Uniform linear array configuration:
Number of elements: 48
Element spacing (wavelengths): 0.75
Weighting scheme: binomial
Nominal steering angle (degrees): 45
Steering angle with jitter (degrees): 43.871
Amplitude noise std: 0.05
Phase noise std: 0.05

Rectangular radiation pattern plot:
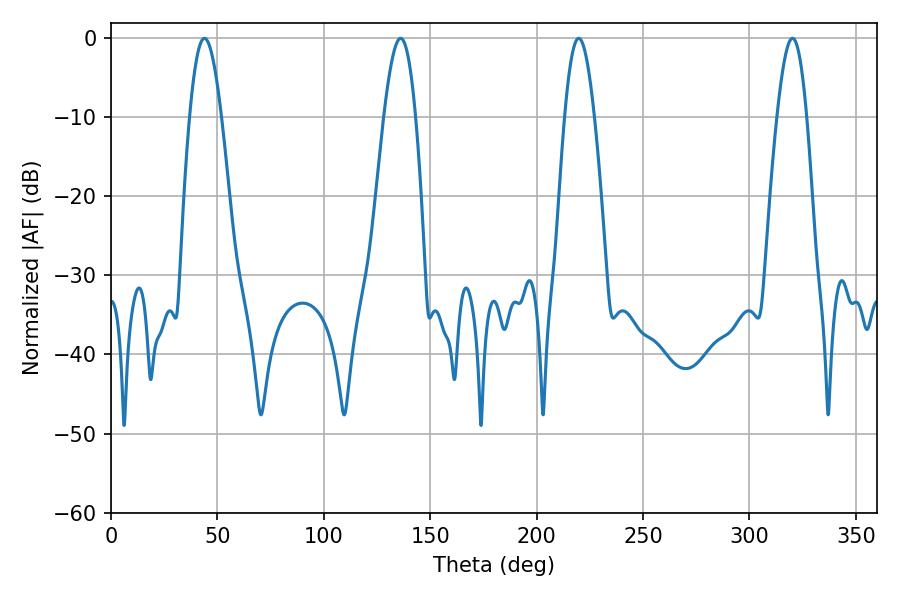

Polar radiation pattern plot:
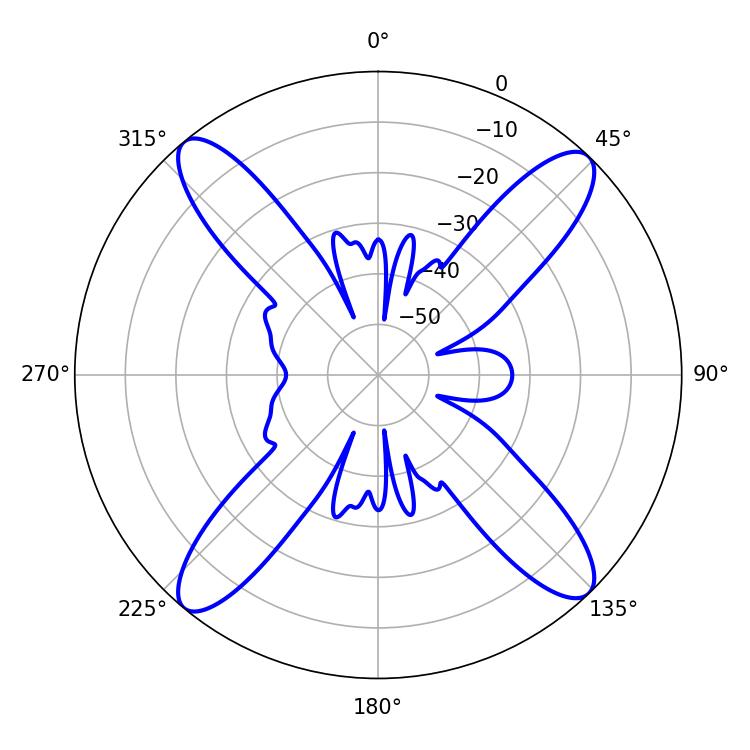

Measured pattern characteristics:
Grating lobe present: TRUE
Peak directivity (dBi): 18.297
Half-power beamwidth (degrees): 7.38
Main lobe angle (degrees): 219.78